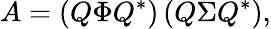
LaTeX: A=\left(Q\Phi Q^{*}\right)\left(Q\Sigma Q^{*}\right),